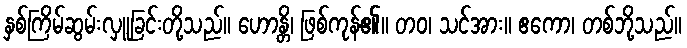
နှစ်ကြိမ်ဆွမ်းလှူခြင်းတို့သည်။ ဟောန္တိ၊ ဖြစ်ကုန်၏။ တဝ၊ သင်အား။ ဧကော၊ တစ်ဘို့သည်။